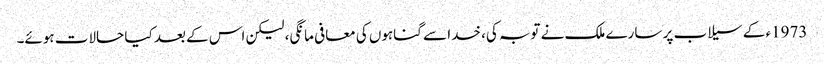
1973ء کے سیلاب پر سارے ملک نے توبہ کی، خدا سے گناہوں کی معافی مانگی، لیکن اس کے بعد کیا حالات ہوئے۔